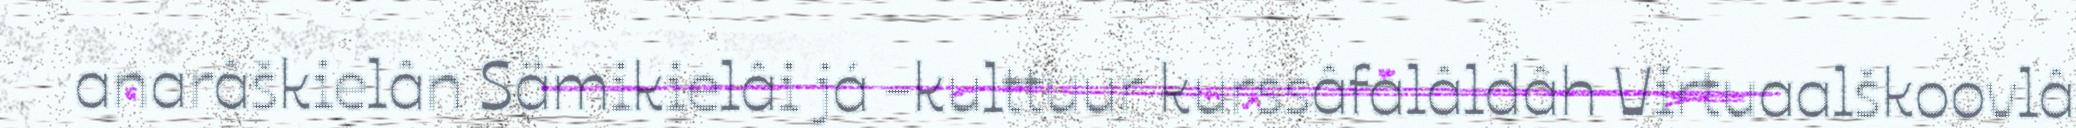
anarâškielân Sämikielâi já -kulttuur kurssâfalâldâh Virtuaalškoovlâ